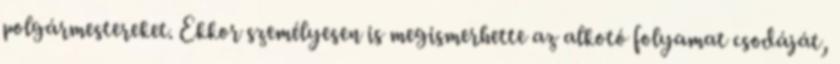
polgármestereket. Ekkor személyesen is megismerhette az alkotó folyamat csodáját,